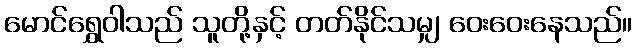
မောင်ရွှေဝါသည် သူတို့နှင့် တတ်နိုင်သမျှ ဝေးဝေးနေသည်။